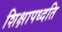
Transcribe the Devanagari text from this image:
शिक्षापध्दति